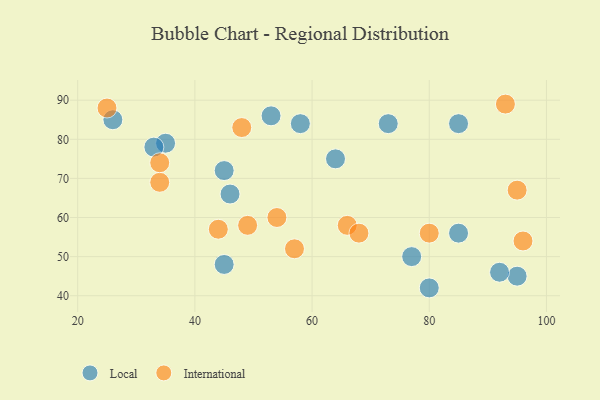
{"axis": {"x": "GDP", "y": "Life Expectancy"}, "legend": ["International", "Local"], "data": [{"x": "45", "y": 48, "type": "Local"}, {"x": "46", "y": 66, "type": "Local"}, {"x": "26", "y": 85, "type": "Local"}, {"x": "77", "y": 50, "type": "Local"}, {"x": "45", "y": 72, "type": "Local"}, {"x": "58", "y": 84, "type": "Local"}, {"x": "64", "y": 75, "type": "Local"}, {"x": "35", "y": 79, "type": "Local"}, {"x": "80", "y": 42, "type": "Local"}, {"x": "53", "y": 86, "type": "Local"}, {"x": "85", "y": 84, "type": "Local"}, {"x": "85", "y": 56, "type": "Local"}, {"x": "95", "y": 45, "type": "Local"}, {"x": "33", "y": 78, "type": "Local"}, {"x": "92", "y": 46, "type": "Local"}, {"x": "73", "y": 84, "type": "Local"}, {"x": "54", "y": 60, "type": "International"}, {"x": "44", "y": 57, "type": "International"}, {"x": "66", "y": 58, "type": "International"}, {"x": "57", "y": 52, "type": "International"}, {"x": "68", "y": 56, "type": "International"}, {"x": "93", "y": 89, "type": "International"}, {"x": "95", "y": 67, "type": "International"}, {"x": "34", "y": 69, "type": "International"}, {"x": "96", "y": 54, "type": "International"}, {"x": "49", "y": 58, "type": "International"}, {"x": "48", "y": 83, "type": "International"}, {"x": "34", "y": 74, "type": "International"}, {"x": "25", "y": 88, "type": "International"}, {"x": "80", "y": 56, "type": "International"}]}